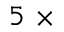
5 ~ \times